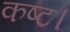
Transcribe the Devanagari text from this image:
कष्ट।